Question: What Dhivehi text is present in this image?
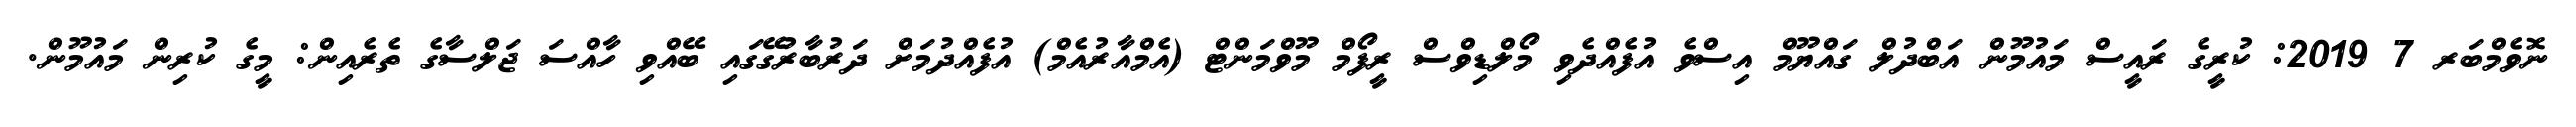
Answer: ނޮވެމްބަރ 7 2019: ކުރީގެ ރައީސް މައުމޫން އަބްދުލް ގައްޔޫމް އިސްވެ އުފެއްދެވި މޯލްޑިވްސް ރީފޯމް މޫވްމަންޓް (އެމްއާރުއެމް) އުފެއްދުމަށް ދަރުބާރުގޭގައި ބޭއްވި ހާއްސަ ޖަލްސާގެ ތެރެއިން: މީގެ ކުރިން މައުމޫން.